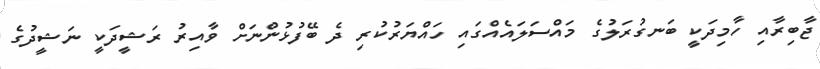
ޖާބިރާއި ހާމިދަކީ ބަނގުރަލުގެ މައްސަލައެއްގައި ހައްޔަރުކުރި ދެ ބޭފުޅުންނަށް ވާއިރު ރަޝީދަކީ ނަޝީދުގެ